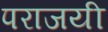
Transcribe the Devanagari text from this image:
पराजयी